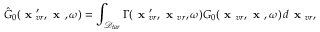
\hat { G } _ { 0 } ( \textbf { x } _ { v r } ^ { \prime } , \textbf { x } , \omega ) = \int _ { \mathcal { D } _ { t a r } } \Gamma ( \textbf { x } _ { v r } ^ { \prime } , \textbf { x } _ { v r } , \omega ) G _ { 0 } ( \textbf { x } _ { v r } , \textbf { x } , \omega ) \, d \textbf { x } _ { v r } ,